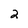
Character: 2